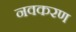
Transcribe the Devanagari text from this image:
नवकरण